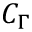
C _ { \Gamma }